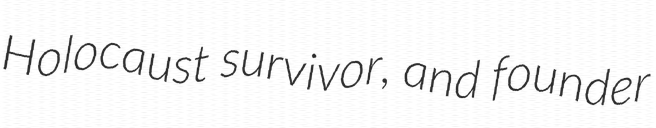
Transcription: Holocaust survivor, and founder